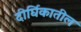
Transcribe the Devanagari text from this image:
दीर्घिकातील